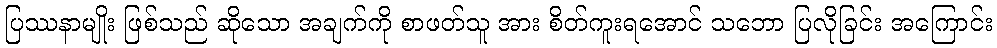
ပြဿနာမျိုး ဖြစ်သည် ဆိုသော အချက်ကို စာဖတ်သူ အား စိတ်ကူးရအောင် သဘော ပြလိုခြင်း အကြောင်း